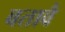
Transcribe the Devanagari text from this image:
बतावै